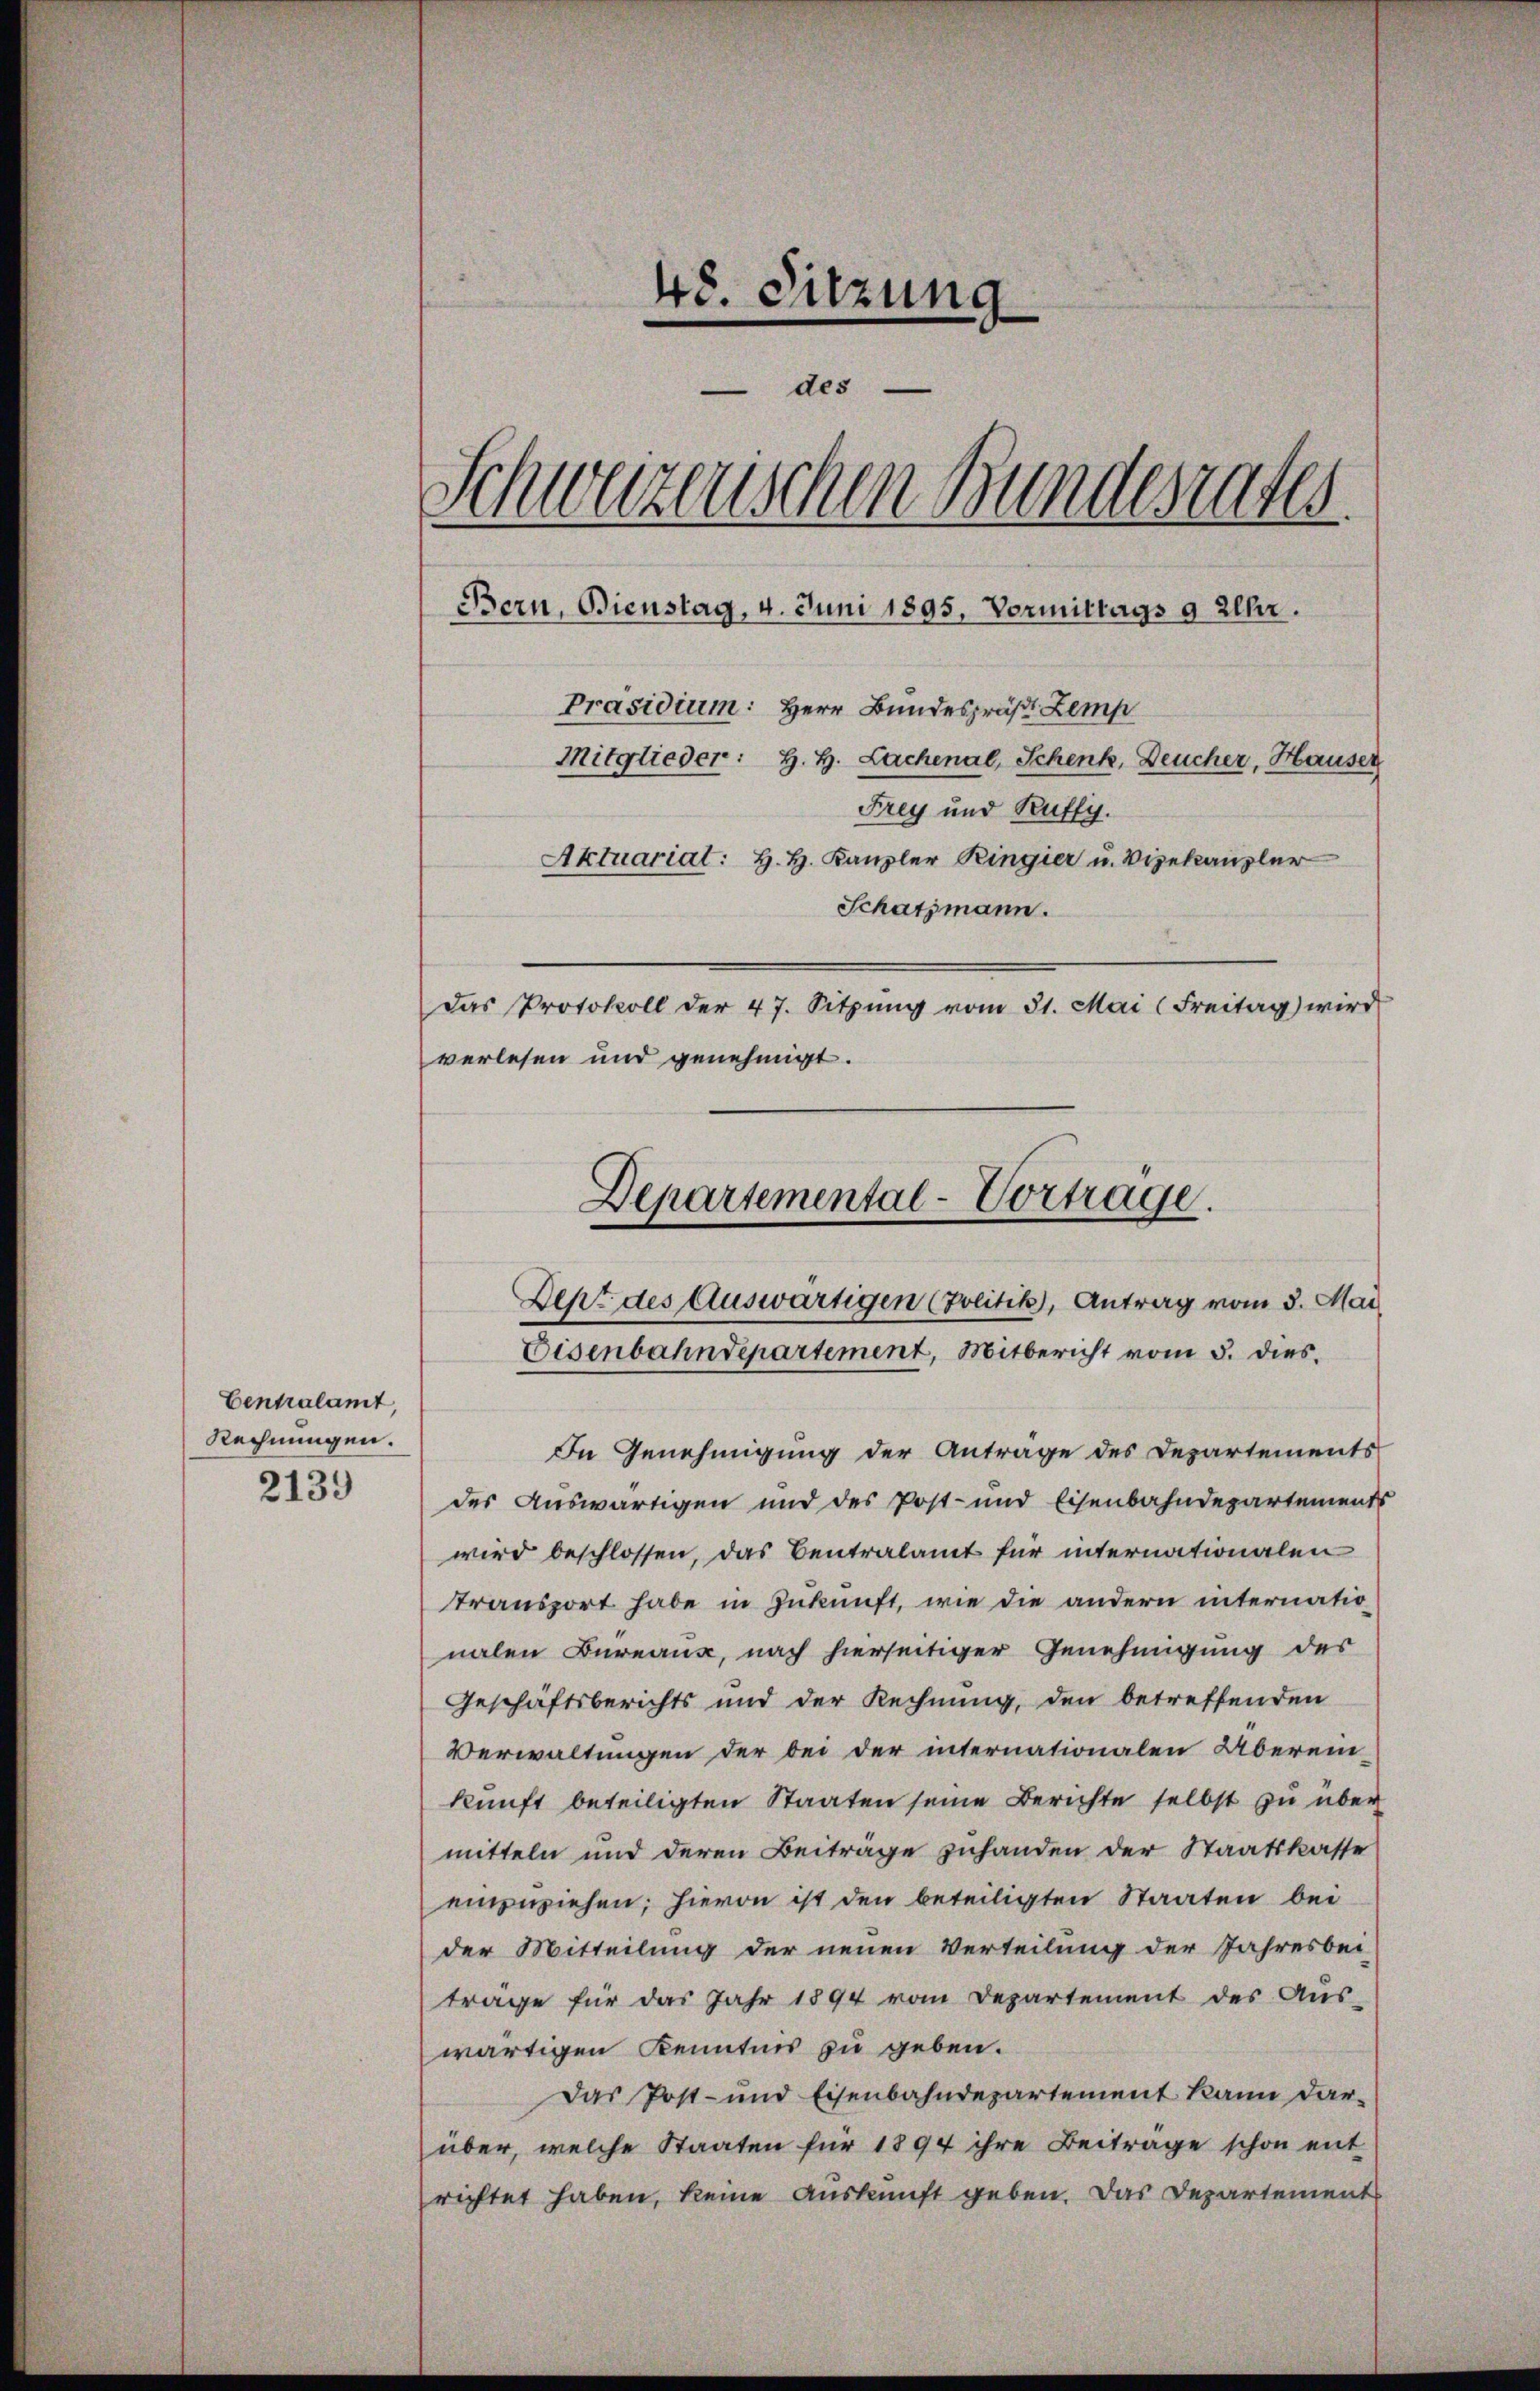
Centralamt
Rechnungen.
2139

48. Sitzung
Schwarzenschen Bundesrates
Bern, Bienstag, 4. Juni 1895. Vormittags 9 Uhr.
Präsidium: Herr Bundespräs Zemp
Mitglieder: H. H. Lachenal, Schenk, Deucher, Hauser
Frey und Kuffis.
Aktuariat: H. H. Kanzler Ringier u. Vizekanzler
Schatzmann.
Das Protokoll der 47. Sitzŭng vom 31. Mai (Freitag wird
verlesen und genehmigt.

des

Departemental-Vortrage.
Dept des Auswärtigen (Zolitik, Antrag vom 3. Mai

Eisenbahndepartement, Mitbericht vom 5. dies

In Genehmigung der Anträge des Departements
des Auswärtigen und des Post- und Eisenbahndepartements
wird beschlossen, das Centralamt für internationalen
transport habe in Zukunft, wie die andern internatio
nalen Bureaux, nach hierseitiger Genehmigung des
Geschäftsberichts und der Rechnung, den betreffenden
Verwaltungen der bei der internationalen Überein-
kunft beteiligten Staaten seine Berichte selbst zu über
mitteln und deren Beiträge zuhanden der Staatskasse
einziehen; hievon ist den beteiligten Staaten bei
der Mitteilung der neuen Verteilung der Jahresbei-
trage für das Jahr 1894 vom Departement des Aus-
wärtigen Kenntnis zu geben.
Das Post- und Eisenbahndepartement kann dar-
über, welche Staaten für 1894 ihre Beiträge schon ent
richtet haben, keine Auskunft geben. Das Departement